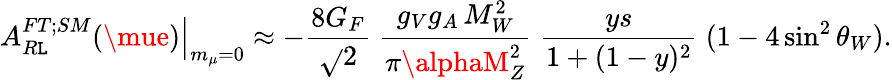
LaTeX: \left.A_{R\mathtt{L}}^{FT;SM}(\mue)\right\vert_{m_{\mu}=0}\approx-\frac{{8G_{F}}}{{\sqrt{}{{2}}}}\; \frac{{g_{V}g_{A}\, M_{W}^{2}}}{{\pi\alphaM_{Z}^{2}}}\; \frac{{ys}}{{1+(1-y)^{2}}}\; (1-4\sin^{2}\theta_{W}).